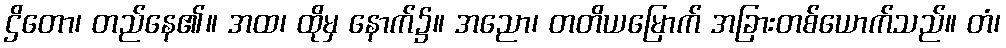
ဌိတော၊ တည်နေ၏။ အထ၊ ထိုမှ နောက်၌။ အညော၊ တတိယမြောက် အခြားတစ်ယောက်သည်။ တံ၊